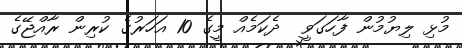
މުޅި ލިޔުމުން ފާހަގަވީ  ދެކަމެއް މީގެ 10 އަހަރުގެ ކުރިން ރާއްޖޭގެ